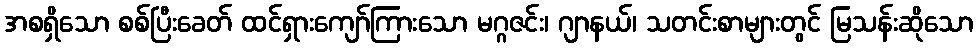
အစရှိသော စစ်ပြီးခေတ် ထင်ရှားကျော်ကြားသော မဂ္ဂဇင်း၊ ဂျာနယ်၊ သတင်းစာများတွင် မြသန်းဆိုသော